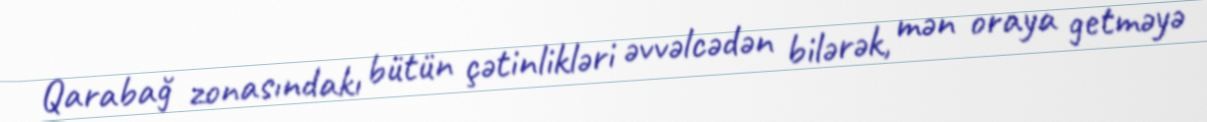
Qarabağ zonasındakı bütün çətinlikləri əvvəlcədən bilərək, mən oraya getməyə